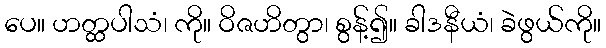
ပေ။ ဟတ္ထပါသံ၊ ကို။ ဝိဇဟိတွာ၊ စွန့်၍။ ခါဒနီယံ၊ ခဲဖွယ်ကို။